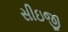
સીઇજી